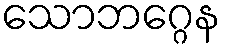
သောဘဂ္ဂေန